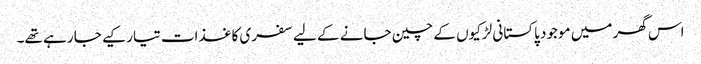
اس گھر میں موجود پاکستانی لڑکیوں کے چین جانے کے لیے سفری کاغذات تیار کیے جا رہے تھے۔